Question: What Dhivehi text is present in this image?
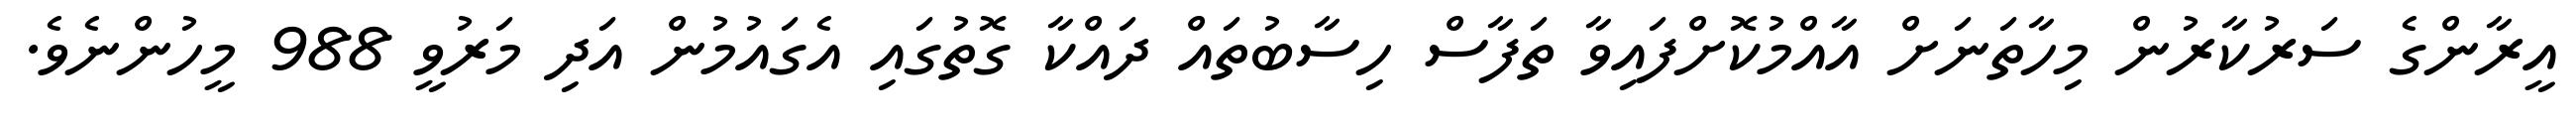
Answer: އީރާންގެ ސަރުކާރުން މިހާތަނަށް އާއްމުކޮށްފައިވާ ތަފާސް ހިސާބުތައް ދައްކާ ގޮތުގައި އެގައުމުން އަދި މަރުވީ 988 މީހުންނެވެ.